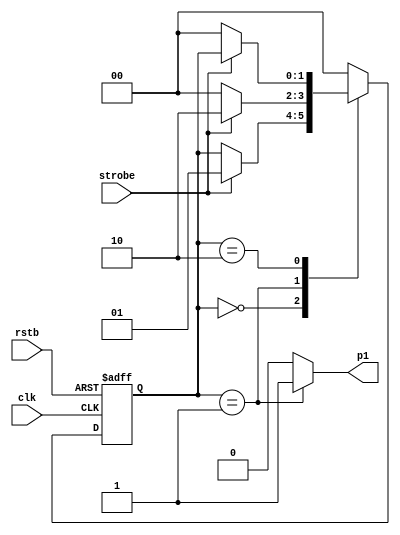
module edge_detector_moore(
	input 		clk, rstb,
	input 		strobe,
	output reg 	p1
);

localparam [1:0] 	ZERO = 2'b00,
					EDGE = 2'b01,
					ONE = 2'b10;

reg [1:0] state_reg, state_next;

always @(posedge clk or negedge rstb) begin
	if (~rstb) 	state_reg <= 0;
	else 		state_reg <= state_next;
end

always @* begin
	state_next = state_reg;
	p1 = 1'b0;
	case (state_reg)
		ZERO: if (strobe) state_next = EDGE;
		EDGE: begin
			p1 = 1'b1;
			state_next = strobe ? ONE : ZERO;
		end
		ONE: if (~strobe) state_next = ZERO;
		default: state_next = ZERO;
	endcase
end

endmodule